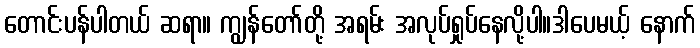
တောင်းပန်ပါတယ် ဆရာ။ ကျွန်တော်တို့ အရမ်း အလုပ်ရှုပ်နေလို့ပါ။ဒါပေမယ့် နောက်